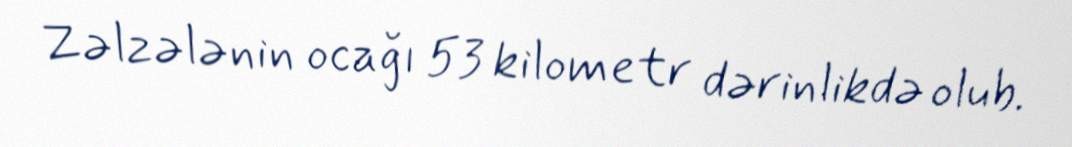
Zəlzələnin ocağı 53 kilometr dərinlikdə olub.